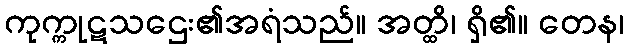
ကုက္ကုဋသဌေး၏အရံသည်။ အတ္ထိ၊ ရှိ၏။ တေန၊